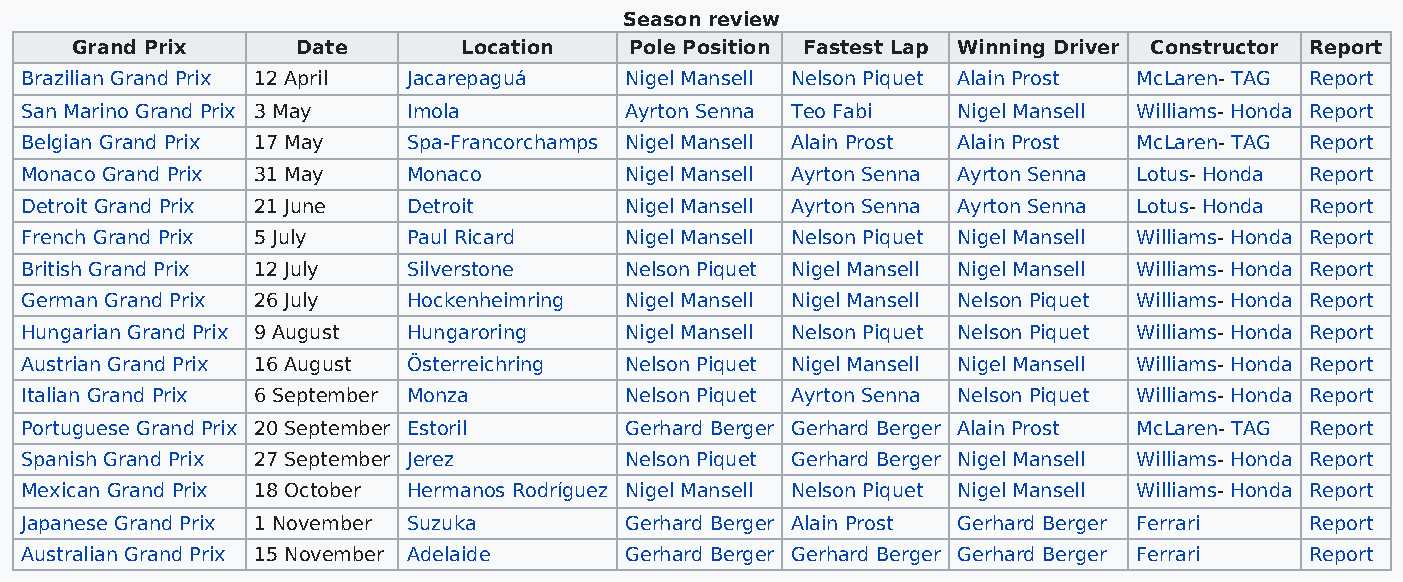
Season review
 Grand Prix     Date       Location   Pole Position Fastest Lap Winning Driver Constructor Report
 Brazilian Grand Prix 12 April Jacarepaguá Nigel Mansell Nelson Piquet Alain Prost McLaren- TAG Report
 San Marino Grand Prix 3 May Imola       Ayrton Senna Teo Fabi Nigel Mansell Williams- Honda Report
 Belgian Grand Prix 17 May Spa-Francorchamps Nigel Mansell Alain Prost Alain Prost McLaren- TAG Report
 Monaco Grand Prix 31 May  Monaco        Nigel Mansell Ayrton Senna Ayrton Senna Lotus- Honda Report
 Detroit Grand Prix 21 June Detroit      Nigel Mansell Ayrton Senna Ayrton Senna Lotus- Honda Report
 French Grand Prix 5 July  Paul Ricard   Nigel Mansell Nelson Piquet Nigel Mansell Williams- Honda Report
 British Grand Prix 12 July Silverstone  Nelson Piquet Nigel Mansell Nigel Mansell Williams- Honda Report
 German Grand Prix 26 July Hockenheimring Nigel Mansell Nigel Mansell Nelson Piquet Williams- Honda Report
 Hungarian Grand Prix 9 August Hungaroring Nigel Mansell Nelson Piquet Nelson Piquet Williams- Honda Report
 Austrian Grand Prix 16 August Österreichring Nelson Piquet Nigel Mansell Nigel Mansell Williams- Honda Report
 Italian Grand Prix 6 September Monza    Nelson Piquet Ayrton Senna Nelson Piquet Williams- Honda Report
 Portuguese Grand Prix 20 September Estoril Gerhard Berger Gerhard Berger Alain Prost McLaren- TAG Report
 Spanish Grand Prix 27 September Jerez   Nelson Piquet Gerhard Berger Nigel Mansell Williams- Honda Report
 Mexican Grand Prix 18 October Hermanos Rodríguez Nigel Mansell Nelson Piquet Nigel Mansell Williams- Honda Report
 Japanese Grand Prix 1 November Suzuka   Gerhard Berger Alain Prost Gerhard Berger Ferrari Report
 Australian Grand Prix 15 November Adelaide Gerhard Berger Gerhard Berger Gerhard Berger Ferrari Report